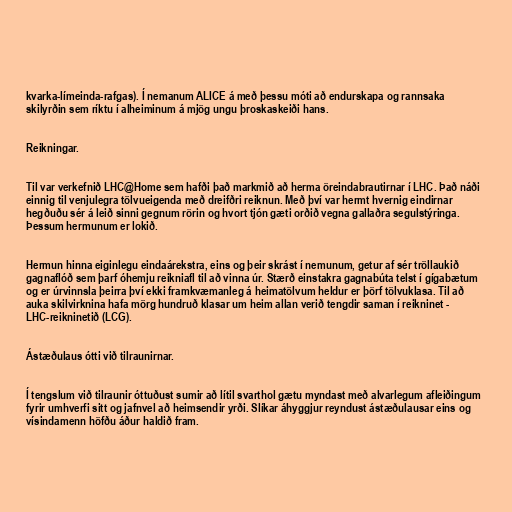
kvarka-límeinda-rafgas). Í nemanum ALICE á með þessu móti að endurskapa og rannsaka
skilyrðin sem ríktu í alheiminum á mjög ungu þroskaskeiði hans.

Reikningar.

Til var verkefnið LHC@Home sem hafði það markmið að herma öreindabrautirnar í LHC. Það náði
einnig til venjulegra tölvueigenda með dreifðri reiknun. Með því var hermt hvernig eindirnar
hegðuðu sér á leið sinni gegnum rörin og hvort tjón gæti orðið vegna gallaðra segulstýringa.
Þessum hermunum er lokið.

Hermun hinna eiginlegu eindaárekstra, eins og þeir skrást í nemunum, getur af sér tröllaukið
gagnaflóð sem þarf óhemju reikniafl til að vinna úr. Stærð einstakra gagnabúta telst í gígabætum
og er úrvinnsla þeirra því ekki framkvæmanleg á heimatölvum heldur er þörf tölvuklasa. Til að
auka skilvirknina hafa mörg hundruð klasar um heim allan verið tengdir saman í reikninet -
LHC-reikninetið (LCG).

Ástæðulaus ótti við tilraunirnar.

Í tengslum við tilraunir óttuðust sumir að lítil svarthol gætu myndast með alvarlegum afleiðingum
fyrir umhverfi sitt og jafnvel að heimsendir yrði. Slíkar áhyggjur reyndust ástæðulausar eins og
vísindamenn höfðu áður haldið fram.